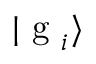
| \textrm { g } _ { i } \rangle